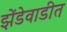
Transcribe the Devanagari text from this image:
झेंडेवाडीत